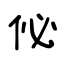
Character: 佖